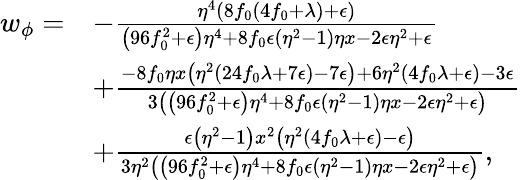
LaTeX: \begin{array}{rl}{w_{\phi}=}&{-\frac{\eta^{4}(8f_{0}(4f_{0}+\lambda)+\epsilon)}{\left(96f_{0}^{2}+\epsilon\right)\eta^{4}+8f_{0}\epsilon\left(\eta^{2}-1\right)\eta x-2\epsilon\eta^{2}+\epsilon}}\\ &{+\frac{-8f_{0}\eta x\left(\eta^{2}(24f_{0}\lambda+7\epsilon)-7\epsilon\right)+6\eta^{2}(4f_{0}\lambda+\epsilon)-3\epsilon}{3\left(\left(96f_{0}^{2}+\epsilon\right)\eta^{4}+8f_{0}\epsilon\left(\eta^{2}-1\right)\eta x-2\epsilon\eta^{2}+\epsilon\right)}}\\ &{+\frac{\epsilon\left(\eta^{2}-1\right)x^{2}\left(\eta^{2}(4f_{0}\lambda+\epsilon)-\epsilon\right)}{3\eta^{2}\left(\left(96f_{0}^{2}+\epsilon\right)\eta^{4}+8f_{0}\epsilon\left(\eta^{2}-1\right)\eta x-2\epsilon\eta^{2}+\epsilon\right)},}\end{array}